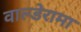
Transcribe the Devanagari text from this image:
वाल्डेरामा